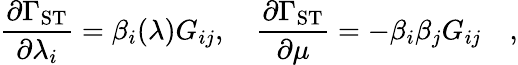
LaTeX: {\frac{\partial\Gamma_{\mathrm{ST}}}{\partial\lambda_{i}}}=\beta_{i}(\lambda)G_{ij},\quad{\frac{\partial\Gamma_{\mathrm{ST}}}{\partial\mu}}=-\beta_{i}\beta_{j}G_{ij}\quad,